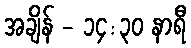
အချိန် - ၁၄:၃၀ နာရီ